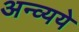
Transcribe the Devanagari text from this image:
अन्व्यये